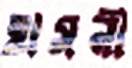
হাসনী